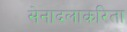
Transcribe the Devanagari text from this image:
सेनादलाकरिता